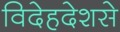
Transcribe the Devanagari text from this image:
विदेहदेशसे